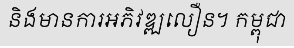
និងមានការអភិវឌ្ឍលឿន។ កម្ពុជា